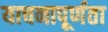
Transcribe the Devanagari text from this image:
याचनापूर्णता